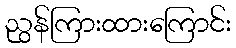
ညွန်ကြားထားကြောင်း